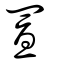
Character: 置